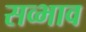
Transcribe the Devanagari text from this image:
सव्भाव